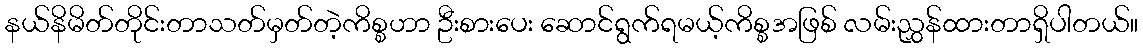
နယ်နိမိတ်တိုင်းတာသတ်မှတ်တဲ့ကိစ္စဟာ ဦးစားပေး ဆောင်ရွက်ရမယ့်ကိစ္စအဖြစ် လမ်းညွှန်ထားတာရှိပါတယ်။